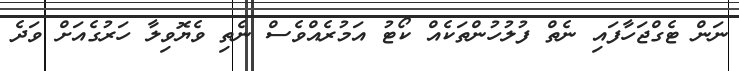
ނަން ޓެގްޖަހާފައި ނެތް ފުލުހުންތަކެއް ކޯޓު އަމުރެއްވެސް ނެތި ވެޔޮވިލާ ހަރުގެއަށް ވަދެ